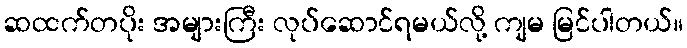
ဆထက်တပိုး အများကြီး လုပ်ဆောင်ရမယ်လို့ ကျမ မြင်ပါတယ်။